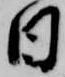
日